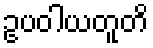
ဥပဝါယတူတိ